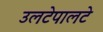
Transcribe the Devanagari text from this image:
उलटेपालटे